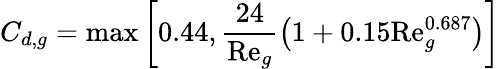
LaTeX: C_{d,g}=\operatorname*{max}\left[0.44,\frac{24}{\mathrm{Re}_{g}}\left(1+0.15\mathrm{Re}_{g}^{0.687}\right)\right]